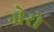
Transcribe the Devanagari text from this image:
जेरो